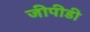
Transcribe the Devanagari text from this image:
जीपीडी